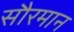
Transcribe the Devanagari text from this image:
सौरमान